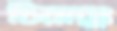
চিরায়ুঃ